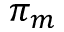
\pi _ { m }